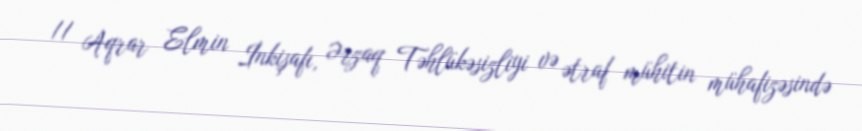
// Aqrar Elmin İnkişafı, Ərzaq Təhlükəsizliyi və ətraf mühitin mühafizəsində